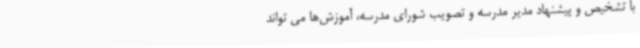
با تشخیص و پیشنهاد مدیر مدرسه و تصویب شورای مدرسه، آموزش‌ها می تواند